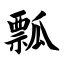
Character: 瓢